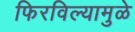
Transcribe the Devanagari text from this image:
फिरविल्यामुळे